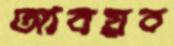
আবয়ব